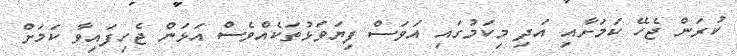
ކުރަން ޖެހޭ ކަމަށާއި އަދި މިކަމުގައި އަވަސް ފިޔަވަޅުތަކެއްވެސް އަޅަން ޖެހިފައިވާ ކަަމަށް